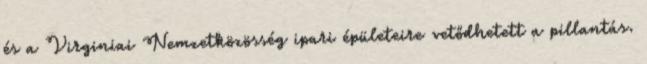
és a Virginiai Nemzetközösség ipari épületeire vetődhetett a pillantás.